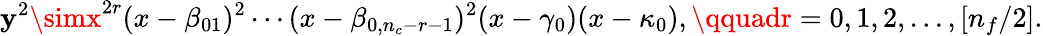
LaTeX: \mathbf{y}^{2}\simx^{2r}(x-\beta_{01})^{2}\cdots(x-\beta_{0,n_{c}-r-1})^{2}(x-\gamma_{0})(x-\kappa_{0}),\qquadr=0,1,2,\ldots,[n_{f}/2].